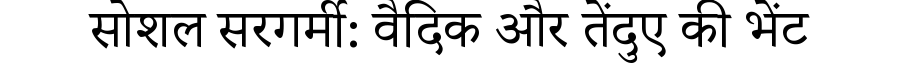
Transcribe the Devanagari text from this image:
सोशल सरगर्मी: वैदिक और तेंदुए की भेंट